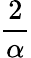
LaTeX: \frac{2}{\alpha}